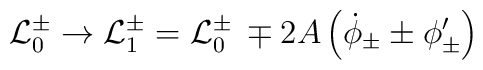
{\cal L}_0^{\pm}\rightarrow {\cal L}_1^{\pm}={\cal L}_0^{\pm}\:\mp 2A\left(\dot\phi_{\pm}\pm \phi_{\pm}^\prime\right)